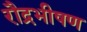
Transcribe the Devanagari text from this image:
रौद्रभीषण